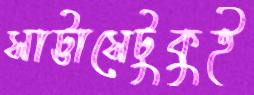
সাট্টাসেটুকুই